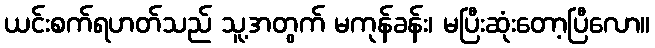
ယင်းစက်ရဟတ်သည် သူ့အတွက် မကုန်ခန်း၊ မပြီးဆုံးတော့ပြီလော။